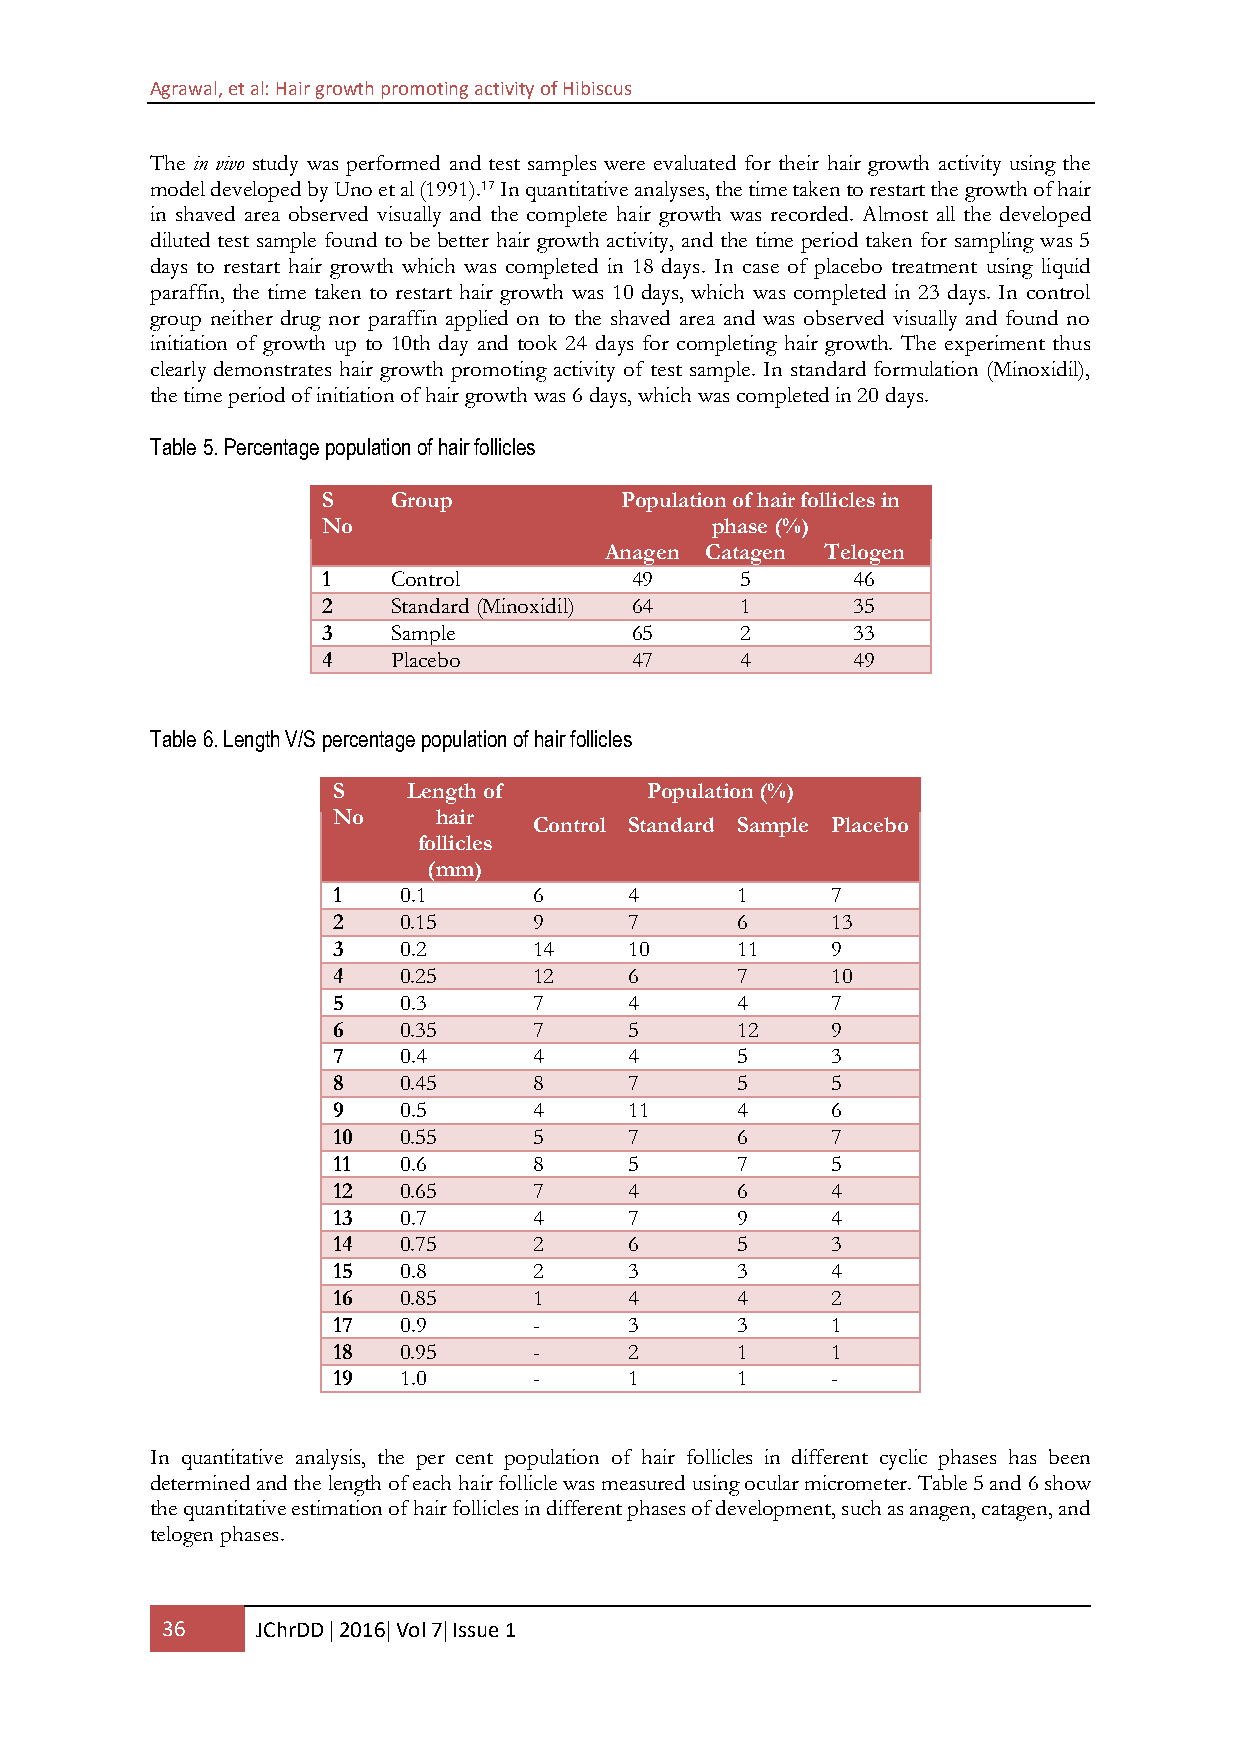
Agrawal, et al: Hair growth promoting activity of Hibiscus
 The in vivo study was performed and test samples were evaluated for their hair growth activity using the
 model developed by Uno et al (1991).17 In quantitative analyses, the time taken to restart the growth of hair
 in shaved area observed visually and the complete hair growth was recorded. Almost all the developed
 diluted test sample found to be better hair growth activity, and the time period taken for sampling was 5
 days to restart hair growth which was completed in 18 days. In case of placebo treatment using liquid
 paraffin, the time taken to restart hair growth was 10 days, which was completed in 23 days. In control
 group neither drug nor paraffin applied on to the shaved area and was observed visually and found no
 initiation of growth up to 10th day and took 24 days for completing hair growth. The experiment thus
 clearly demonstrates hair growth promoting activity of test sample. In standard formulation (Minoxidil),
 the time period of initiation of hair growth was 6 days, which was completed in 20 days.
 Table 5. Percentage population of hair follicles
 S    Group          Population of hair follicles in
 No                        phase (%)
 Anagen Catagen Telogen
 1    Control         49     5      46
 2    Standard (Minoxidil) 64 1     35
 3    Sample          65     2      33
 4    Placebo         47     4      49
 Table 6. Length V/S percentage population of hair follicles
 S    Length of       Population (%)
 No     hair
 Control Standard Sample Placebo
 follicles
 (mm)
 1   0.1      6      4      1     7
 2   0.15     9      7      6     13
 3   0.2      14     10     11    9
 4   0.25     12     6      7     10
 5   0.3      7      4      4     7
 6   0.35     7      5      12    9
 7   0.4      4      4      5     3
 8   0.45     8      7      5     5
 9   0.5      4      11     4     6
 10  0.55     5      7      6     7
 11  0.6      8      5      7     5
 12  0.65     7      4      6     4
 13  0.7      4      7      9     4
 14  0.75     2      6      5     3
 15  0.8      2      3      3     4
 16  0.85     1      4      4     2
 17  0.9      -      3      3     1
 18  0.95     -      2      1     1
 19  1.0      -      1      1     -
 In quantitative analysis, the per cent population of hair follicles in different cyclic phases has been
 determined and the length of each hair follicle was measured using ocular micrometer. Table 5 and 6 show
 the quantitative estimation of hair follicles in different phases of development, such as anagen, catagen, and
 telogen phases.
 36    JChrDD  2016 Vol 7 Issue 1